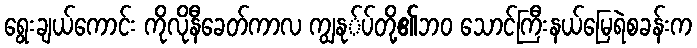
ရွေးချယ်ကောင်း ကိုလိုနီခေတ်ကာလ ကျွနု်ပ်တို့၏ဘ၀ သောင်ကြီးနယ်မြေရဲစခန်းက